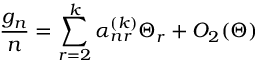
\frac { g _ { n } } { n } = \sum _ { r = 2 } ^ { k } \alpha _ { n r } ^ { ( k ) } \Theta _ { r } + O _ { 2 } ( \Theta )